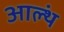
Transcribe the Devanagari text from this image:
आल्थं